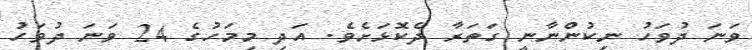
ވަނަ ދުވަހު ނިކުންނާނީ ގަތަރާ ދެކޮޅަށެވެ. އަދި މިމަހުގެ 24 ވަނަ ދުވަހު